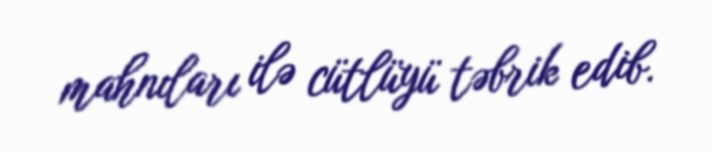
mahnıları ilə cütlüyü təbrik edib.